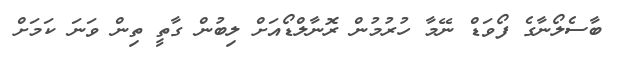
ބާސެލޯނާގެ ފޯވަޑް ނޭމާ ހުރުމުން ރޮނާލްޑޯއަށް ލިބުން ގާތީ ތިން ވަނަ ކަމަށް